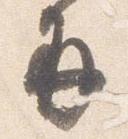
并